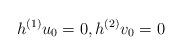
LaTeX: \begin{align*} h^{(1)}u_0=0, h^{(2)}v_0=0\end{align*}